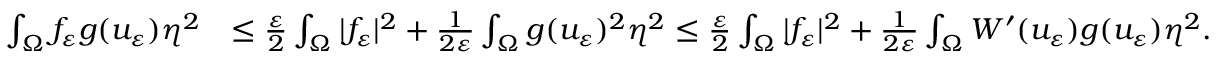
\begin{array} { r l } { \int _ { \Omega } f _ { \varepsilon } g ( u _ { \varepsilon } ) \eta ^ { 2 } } & { \leq \frac { \varepsilon } { 2 } \int _ { \Omega } | f _ { \varepsilon } | ^ { 2 } + \frac { 1 } { 2 \varepsilon } \int _ { \Omega } g ( u _ { \varepsilon } ) ^ { 2 } \eta ^ { 2 } \leq \frac { \varepsilon } { 2 } \int _ { \Omega } | f _ { \varepsilon } | ^ { 2 } + \frac { 1 } { 2 \varepsilon } \int _ { \Omega } W ^ { \prime } ( u _ { \varepsilon } ) g ( u _ { \varepsilon } ) \eta ^ { 2 } . } \end{array}